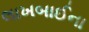
લાખબાઈના